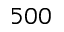
5 0 0